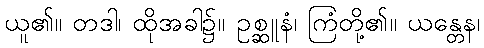
ယူ၏။ တဒါ၊ ထိုအခါ၌။ ဥစ္ဆူနံ၊ ကြံတို့၏။ ယန္တေန၊